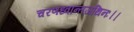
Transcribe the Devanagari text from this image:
चरणध्वान्तजथिनः।।